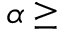
\alpha \geq